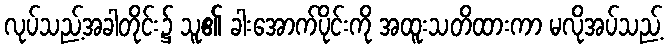
လုပ်သည့်အခါတိုင်း၌ သူ၏ ခါးအောက်ပိုင်းကို အထူးသတိထားကာ မလိုအပ်သည့်